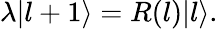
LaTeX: \lambda|l+1\rangle=R(l)|l\rangle.